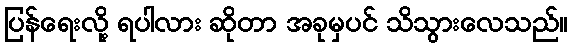
ပြန်ရေးလို့ ရပါလား ဆိုတာ အခုမှပင် သိသွားလေသည်။